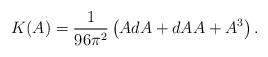
LaTeX: \begin{align*}K(A)=\frac{1}{96\pi^2}\left( AdA+ dAA+A^3\right).\end{align*}